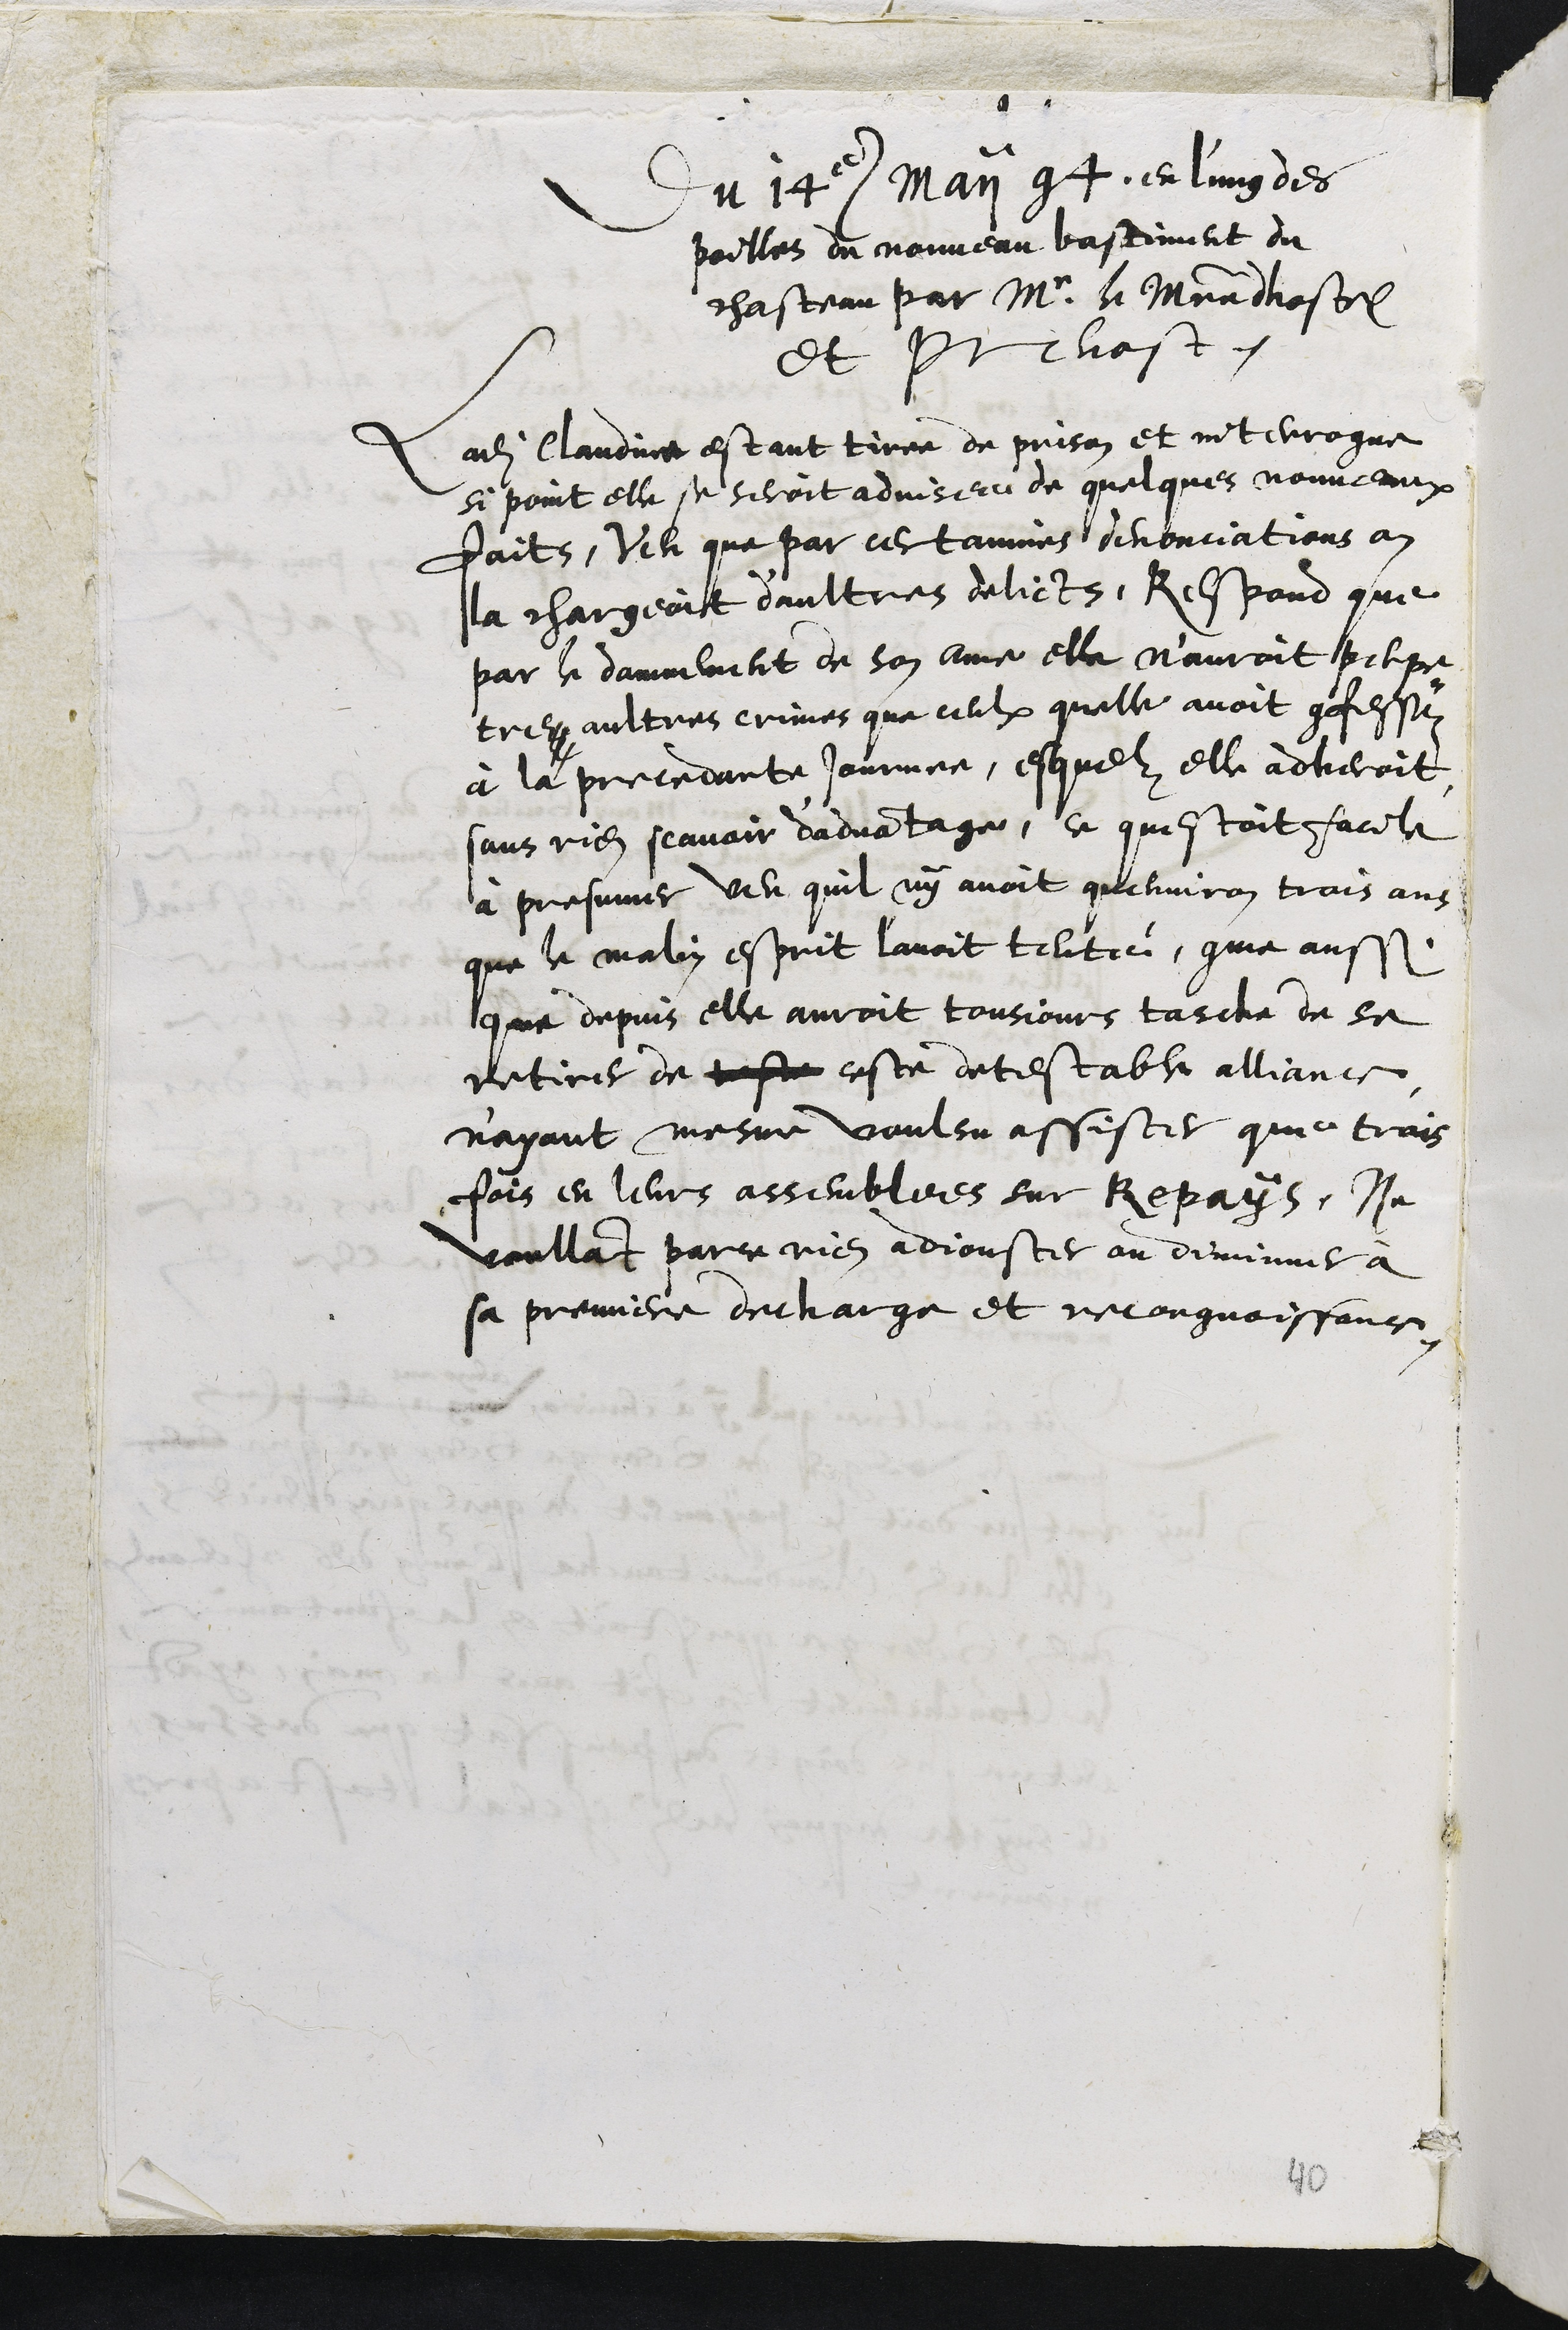
Du 14e Maii 94. en l'ung des
poilles du nouveau bastiment du
chasteau par Mr le Maistre dhostel
Et Prevost.
Ladite Claudine estant tirre de prison et interrogue,
si point elle se seroit advisee de quelques nouveaux
faits, Veu que par certainnes denonciations on
la chargeoit d'aultres delicts, Respond que
par le damnement de son ame elle n'auroit perpe¬
trez aultres crimes que ceulx quelle avoit confessez
à la precedante journee, esquelz elle adheroit
sans rien scavoir d'advantage, ce questoit facile
à presumer veu quil ny avoit quenviron trois ans
que le malin esprit l'avoit tenté, comme aussi
que depuis elle auroit tousjours tasche de se
retirer de teste ceste detestable alliance
n'ayant mesme voulsu assister que trois
fois en leurs assemblees sur Repays, Ne
voullant parce rien adjouster ou diminuer à
sa premiere decharge et recongnoissance.

40